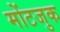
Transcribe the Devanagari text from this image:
मोंटजुक